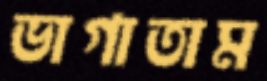
ভাগাতাম